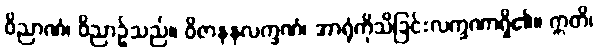
ဝိညာဏံ၊ ဝိညာဉ်သည်။ ဝိဇာနနလက္ခဏံ၊ အာရုံကိုသိခြင်းလက္ခဏာရှိ၏။ ဣတိ၊